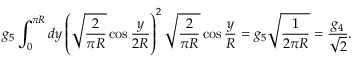
g _ { 5 } \int _ { 0 } ^ { \pi R } d y \left( \sqrt { \frac { 2 } { \pi R } } \cos \frac { y } { 2 R } \right) ^ { 2 } \sqrt { \frac { 2 } { \pi R } } \cos \frac { y } { R } = g _ { 5 } \sqrt { \frac { 1 } { 2 \pi R } } = \frac { g _ { 4 } } { \sqrt { 2 } } .